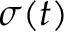
\sigma ( t )